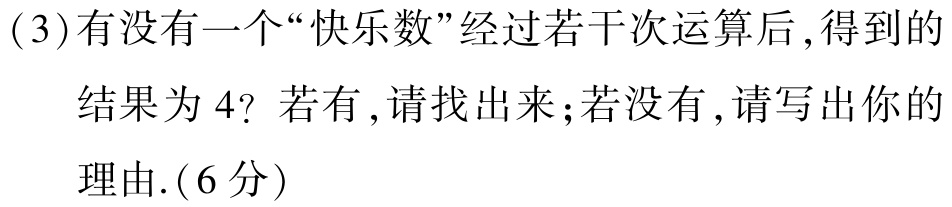
(3)有没有一个“快乐数”经过若干次运算后,得到的

结果为 4? 若有,请找出来;若没有,请写出你的

理由.(6 分)